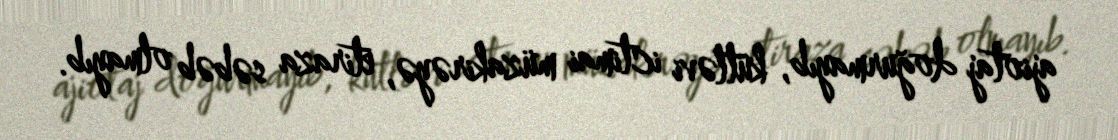
ajiotaj doğurmayıb, kütləvi ictimai müzakirəyə, etiraza səbəb olmayıb.